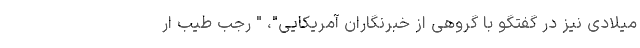
میلادی نیز در گفتگو با گروهی از خبرنگاران آمریکایی"، " رجب طیب ار